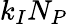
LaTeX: k_{I}N_{P}